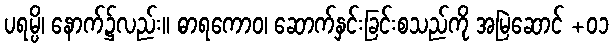
ပရမ္ပိ၊ နောက်၌လည်း။ ဓာရကောဝ၊ ဆောက်နှင်းခြင်းစသည်ကို အမြဲဆောင် +၀၁